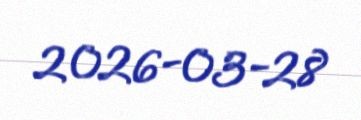
2026-03-28